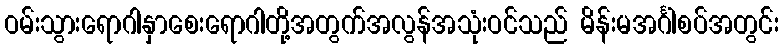
ဝမ်းသွားရောဂါနှာစေးရောဂါတို့အတွက်အလွန်အသုံးဝင်သည် မိန်းမအင်္ဂါစပ်အတွင်း